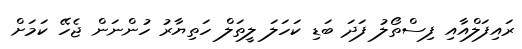
ރައިފަލްއާއި ފިސްތޯލު ފަދަ ބަޑި ކަހަލަ ލީތަލް ހަތިޔާރު ހުންނަން ޖެހޭ ކަމަށް